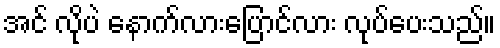
အင် လိုပဲ နောက်လားပြောင်လား လုပ်ပေးသည်။